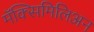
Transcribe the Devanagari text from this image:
मॅक्सिमिलिअन